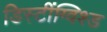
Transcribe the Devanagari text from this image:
डिस्टींग्विश्ड